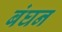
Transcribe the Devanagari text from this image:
बंघन